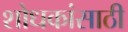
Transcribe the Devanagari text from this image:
शोधकांसाठी